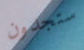
ستجدون